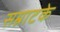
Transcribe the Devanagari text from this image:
सम्राटके